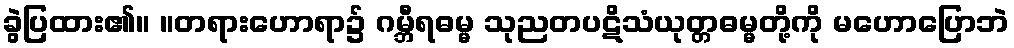
ခွဲပြထား၏။ ။တရားဟောရာ၌ ဂမ္ဘီရဓမ္မ သုညတပဋိသံယုတ္တဓမ္မတို့ကို မဟောပြောဘဲ